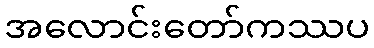
အလောင်းတော်ကဿပ